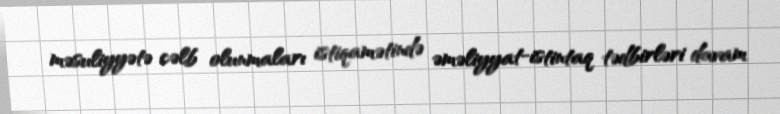
məsuliyyətə cəlb olunmaları istiqamətində əməliyyat-istintaq tədbirləri davam